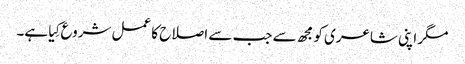
مگر اپنی شاعری کو مجھ سے جب سے اصلاح کا عمل شروع کِیا ہے۔